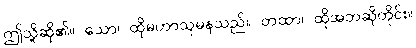
ဤသို့ဆို၏။ သော၊ ထိုမဟာသုမနသည်။ တထာ၊ ထိုအဘဆိုတိုင်း။